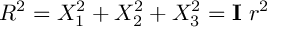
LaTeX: R ^ { 2 } = X _ { 1 } ^ { 2 } + X _ { 2 } ^ { 2 } + X _ { 3 } ^ { 2 } = \mathbf { I } ~ r ^ { 2 }